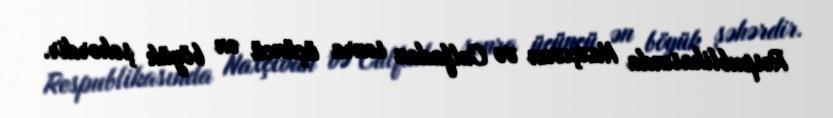
Respublikasında Naxçıvan və Culfadan sonra üçüncü ən böyük şəhərdir.